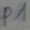
Text: P1